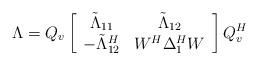
LaTeX: \begin{align*}\Lambda = Q_v \left[\begin{array}{cc} \tilde \Lambda_{11} & \tilde \Lambda_{12} \\ -\tilde \Lambda_{12}^H & W^H \Delta_1^H W \end{array}\right] Q_v^H \end{align*}